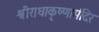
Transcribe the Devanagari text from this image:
श्रीराधाकृष्णामंदिर